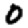
Digit: 0